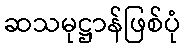
ဆသမုဋ္ဌာန်ဖြစ်ပုံ